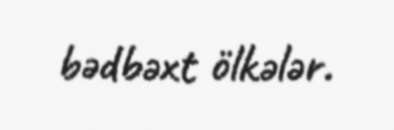
bədbəxt ölkələr.